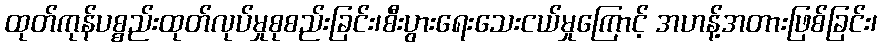
ထုတ်ကုန်ပစ္စည်းထုတ်လုပ်မှုစုစည်းခြင်း၊စီးပွားရေးသေးငယ်မှုကြောင့် အဟန့်အတားဖြစ်ခြင်း၊